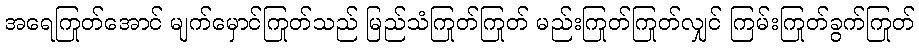
အရေကြုတ်အောင် မျက်မှောင်ကြုတ်သည် မြည်သံကြုတ်ကြုတ် မည်းကြုတ်ကြုတ်လျှင် ကြမ်းကြုတ်ခွက်ကြုတ်